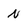
Character: N